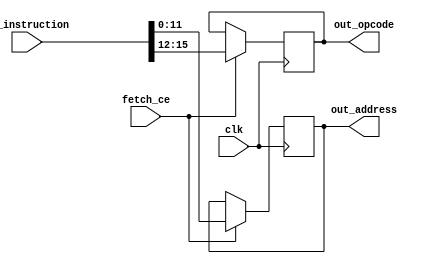
module fetch(in_instruction, fetch_ce, clk,
          out_opcode, out_address);
    
    input [15:0]in_instruction;
    input fetch_ce, clk;
    output reg [3:0] out_opcode;
    output reg [11:0] out_address;
    
    always @(posedge clk)
    if (fetch_ce)
        begin
            out_opcode  <= in_instruction[15:12];
            out_address <= in_instruction[11:0];
        end
    
endmodule